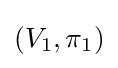
(V_{1},\pi _{1})